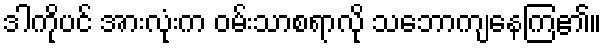
ဒါကိုပင် အားလုံးက ဝမ်းသာစရာလို သဘောကျနေကြ၏။